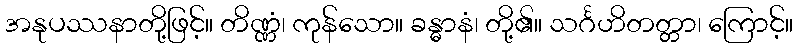
အနုပဿနာတို့ဖြင့်။ တိဏ္ဏံ၊ ကုန်သော။ ခန္ဓာနံ၊ တို့၏။ သင်္ဂဟိတတ္တာ၊ ကြောင့်။